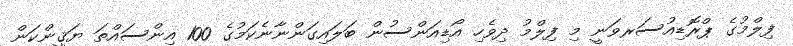
ފިލްމުގެ ޕްރޮޑިއުސަރވަނީ މި ފިލްމު ދިވެހި އޯޑިއަންސުން ބަލައިގަންނާނެކަމުގެ 100 އިންސައްތަ ޔަޤީންކަން